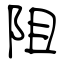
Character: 阻